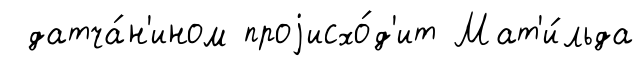
датча́н'ином проjисхо́д'ит Мат'и́льда